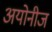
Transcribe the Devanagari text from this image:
अयोनीज